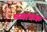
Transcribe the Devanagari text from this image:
व्य्यापक